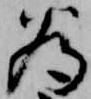
為